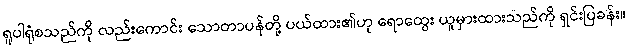
ရူပါရုံစသည်ကို လည်းကောင်း သောတာပန်တို့ ပယ်ထား၏ဟု ရောထွေး ယူမှားထားသည်ကို ရှင်းပြခန်း။